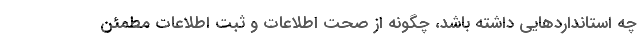
چه استانداردهایی داشته باشد، چگونه از صحت اطلاعات و ثبت اطلاعات مطمئن